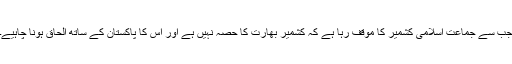
جب سے جماعت اسلامی کشمیر کا مؤقف رہا ہے کہ کشمیر بھارت کا حصہ نہیں ہے اور اس کا پاکستان کے ساتھ الحاق ہونا چاہیے۔